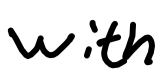
Text: with
Cross-out: clean
Writing tool: digital_black